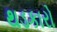
થડકારો